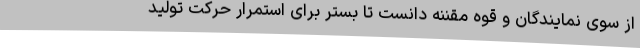
از سوی نمایندگان و قوه مقننه دانست تا بستر برای استمرار حرکت تولید